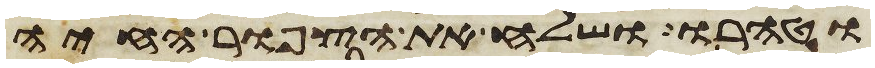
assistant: וטהרו ושלח את הצפור החיה